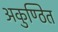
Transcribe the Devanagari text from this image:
अकुण्ठित